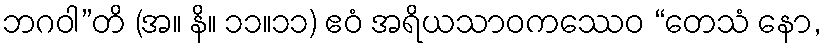
ဘဂဝါ”တိ (အ။ နိ။ ၁၁။၁၁) ဧဝံ အရိယသာဝကဿေဝ “တေသံ နော,